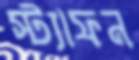
স্ট্যাফন